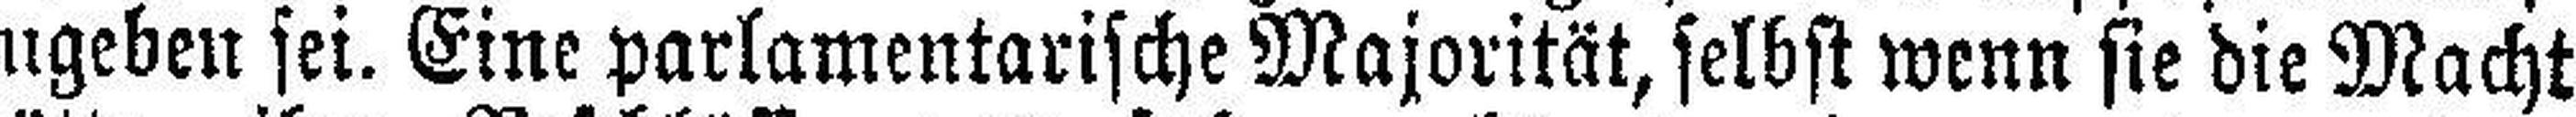
zugeben sei. Eine parlamentarische Majorität, selbst wenn sie die Macht